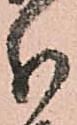
分